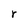
Character: r